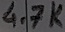
Text: 4.7K